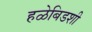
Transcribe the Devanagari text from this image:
हळेबिडशी